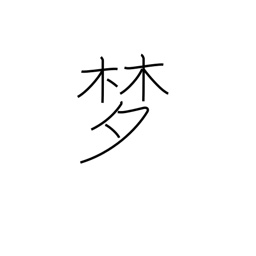
Meaning: visionary